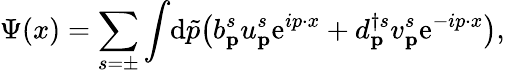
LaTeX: \Psi(x)=\sum_{s=\pm}\int\! \mathrm{d}{\tilde{p}}{\big(}b_{\textbf{p}}^{s}u_{\textbf{p}}^{s}\mathrm{e}^{ip\cdot x}+d_{\textbf{p}}^{\dagger s}v_{\textbf{p}}^{s}\mathrm{e}^{-ip\cdot x}{\big)},